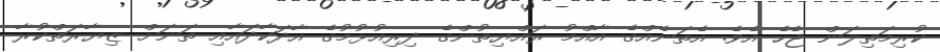
ކުރިމަތިލަން ޖެހެ އެވެ. އެތަނެއްގެ އާއްމު ރައްޔިތުންގެ ދިރިއުޅުމުގެ އާދަކާދައާއި ތަނަށް ޒިޔާރަތްކުރާ